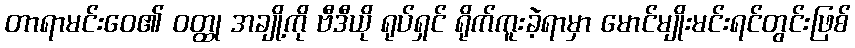
တာရာမင်းဝေ၏ ဝတ္ထု အချို့ကို ဗီဒီယို ရုပ်ရှင် ရိုက်ကူးခဲ့ရာမှာ မောင်မျိုးမင်းရင်တွင်းဖြစ်